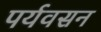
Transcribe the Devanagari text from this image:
पर्यवसन